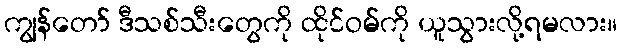
ကျွန်တော် ဒီသစ်သီးတွေကို ထိုင်ဝမ်ကို ယူသွားလို့ရမလား။